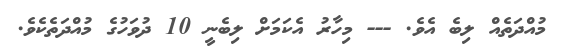
މުއްދަތެއް ލިބެ އެވެ. --- މިހާރު އެކަމަށް ލިބެނީ 10 ދުވަހުގެ މުއްދަތެކެވެ.